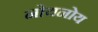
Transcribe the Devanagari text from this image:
नोयनोय